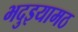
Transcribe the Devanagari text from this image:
भदुइयामठ